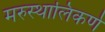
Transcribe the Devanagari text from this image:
मरुस्थालिकर्ण